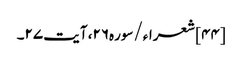
[۴۴] شعراء/سوره۲۶، آیت ۲۷۔